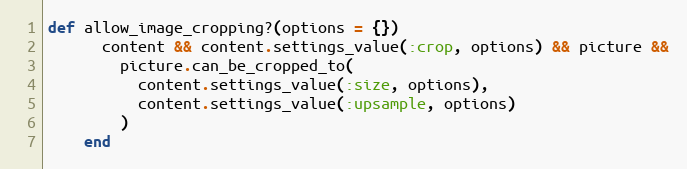
Language: Ruby
def allow_image_cropping?(options = {})
      content && content.settings_value(:crop, options) && picture &&
        picture.can_be_cropped_to(
          content.settings_value(:size, options),
          content.settings_value(:upsample, options)
        )
    end